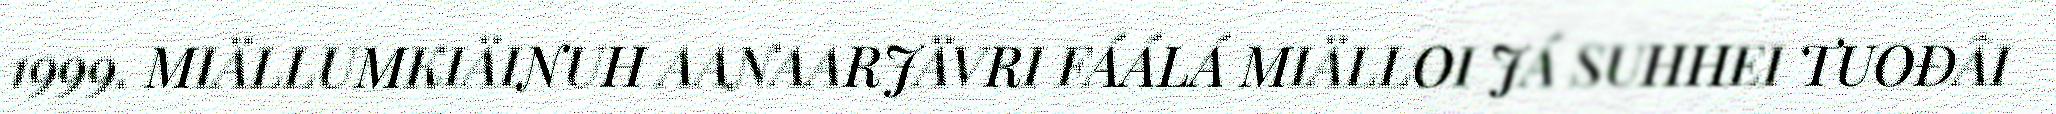
1999. MIÄLLUMKIÄINUH AANAARJÄVRI FÁÁLÁ MIÄLLOI JÁ SUHHEI TUOĐÂI